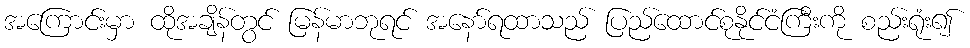
အကြောင်းမှာ ထိုအချိန်တွင် မြန်မာဘုရင် အနော်ရထာသည် ပြည်ထောင်စုနိုင်ငံကြီးကို စည်းရုံး၍